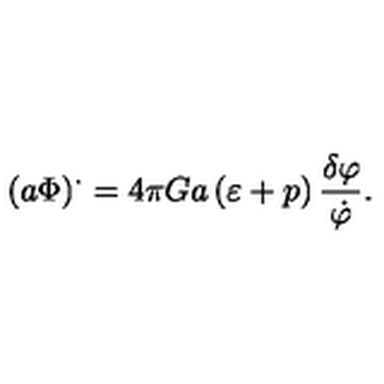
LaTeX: \left( a \Phi \right) ^ { . } = 4 \pi G a \left( \varepsilon + p \right) \frac { \delta \varphi } { \dot { \varphi } } .